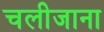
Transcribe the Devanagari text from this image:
चलीजाना